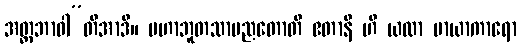
အတ္တဘာဝါ”တိအာဒိ။ မဟာဘူတသာမညတောတိ ဧတာနိ ဟိ ယထာ မာယာကာရော